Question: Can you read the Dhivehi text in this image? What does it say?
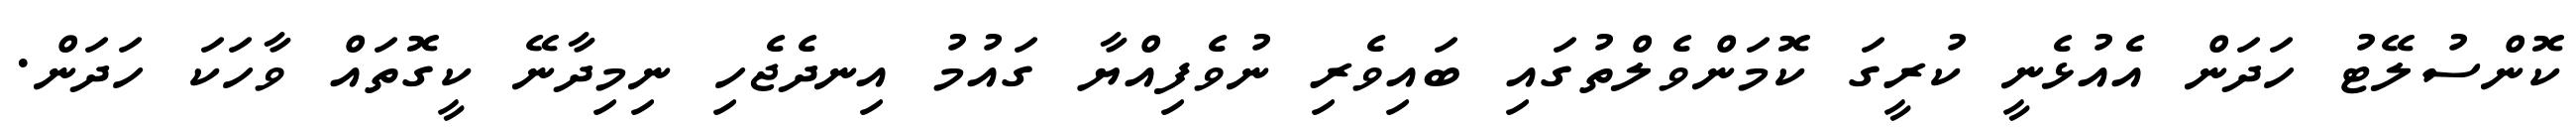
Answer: ކޮންސުލޭޓު ހަދަން އެއުޅެނީ ކުރީގަ ކޮމަންވެލްތުގައި ބައިވެރި ނުވެފިއްޔާ ގައުމު އިނދެޖެހި ނިމިދާނޭ ކީގޮތައް ވާހަކަ ހަދަން.